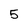
Character: 5